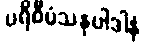
ပရိဝီမံသနုပါဒါနံ